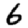
Digit: 6